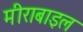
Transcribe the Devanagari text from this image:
मीराबाइल